Civil Veterinary Department Bihar & Orissa reports 1922-29 - 1922-1929
Year: 1922
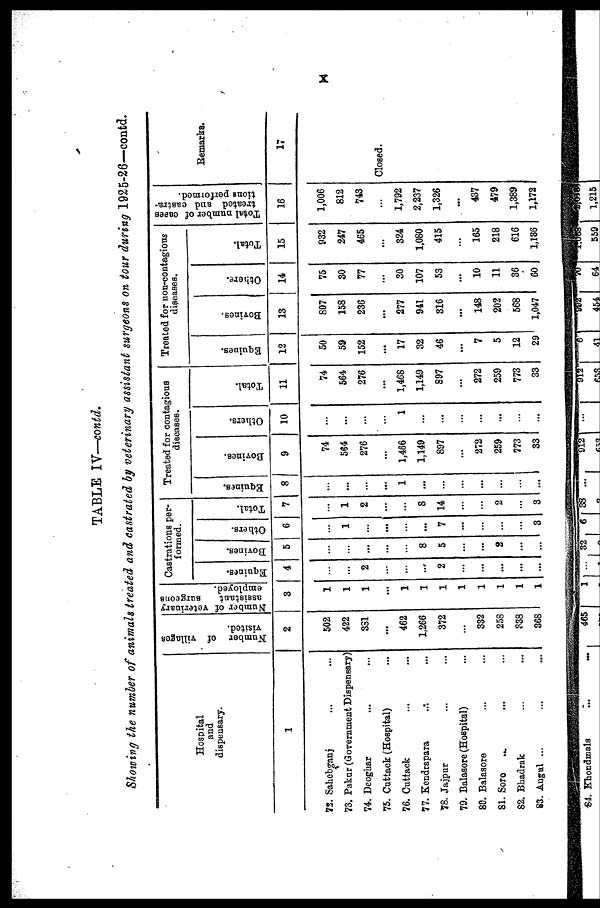
X
TABLE IV—contd.
Showing the number of animals treated and castrated by veterinary assistant surgeons on tour during 1925-26—contd.
Hospital
and
dispensary.
1
72. Sahebganj
73. Pakur (Government Dispensary)
74. Deoghar
75. Cuttack (Hospital) ...
76. Cuttack
77. Kendrapara
78. Jaipur
79. Balasore (Hospital)
80. Balasore
81. Soro
...
82. Bhadrak
83. Augul ...
Number of villages
visited.
2
502
422
381
...
462
1,266
372
...
332
258
338
368
Number of veterinary
assistant
Burgeons
employed.
3
...
Castrations per-
formed.
Equines.
4
...
2
...
...
...
2
...
...
...
...
...
Bovines.
5
...
...
8
5
...
2
...
...
Others.
6
1
...
...
...
7
...
...
3
Total.
7
1
2
...
...
8
14
2
...
3
Treated for contagious
diseases.
Equines.
8
...
...
1
...
...
...
Bovines.
9
74
564
276
...
1,466
1,149
897
...
272
259
773
33
Others.
10
...
1
...
...
...
Total.
11
74
564
276
...
1,468
1,149
897
...
272
259
773
33
Treated for non-contagious
diseases.
Equines.
12
50
59
152
...
17
32
46
...
7
5
12
29
Bovines.
13
807
158
236
...
277
941
316
...
148
202
568
1,047
Others.
14
75
30
77
30
107
53
...
10
11
36
60
Total.
15
932
247
465
...
324
1,080
415
165
218
616
1,136
Total number of cases
treated and castra-
tions performed.
16
1,006
812
743
1,792
2,237
1,326
...
437
479
1,389
1,172
Remarks.
17
Closed.